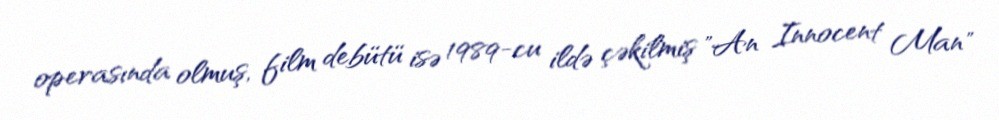
operasında olmuş, film debütü isə 1989-cu ildə çəkilmiş "An Innocent Man"